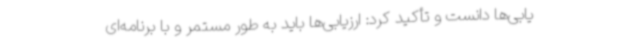
یابی‌ها دانست و تأکید کرد: ارزیابی‌ها باید به طور مستمر و با برنامه‌ای